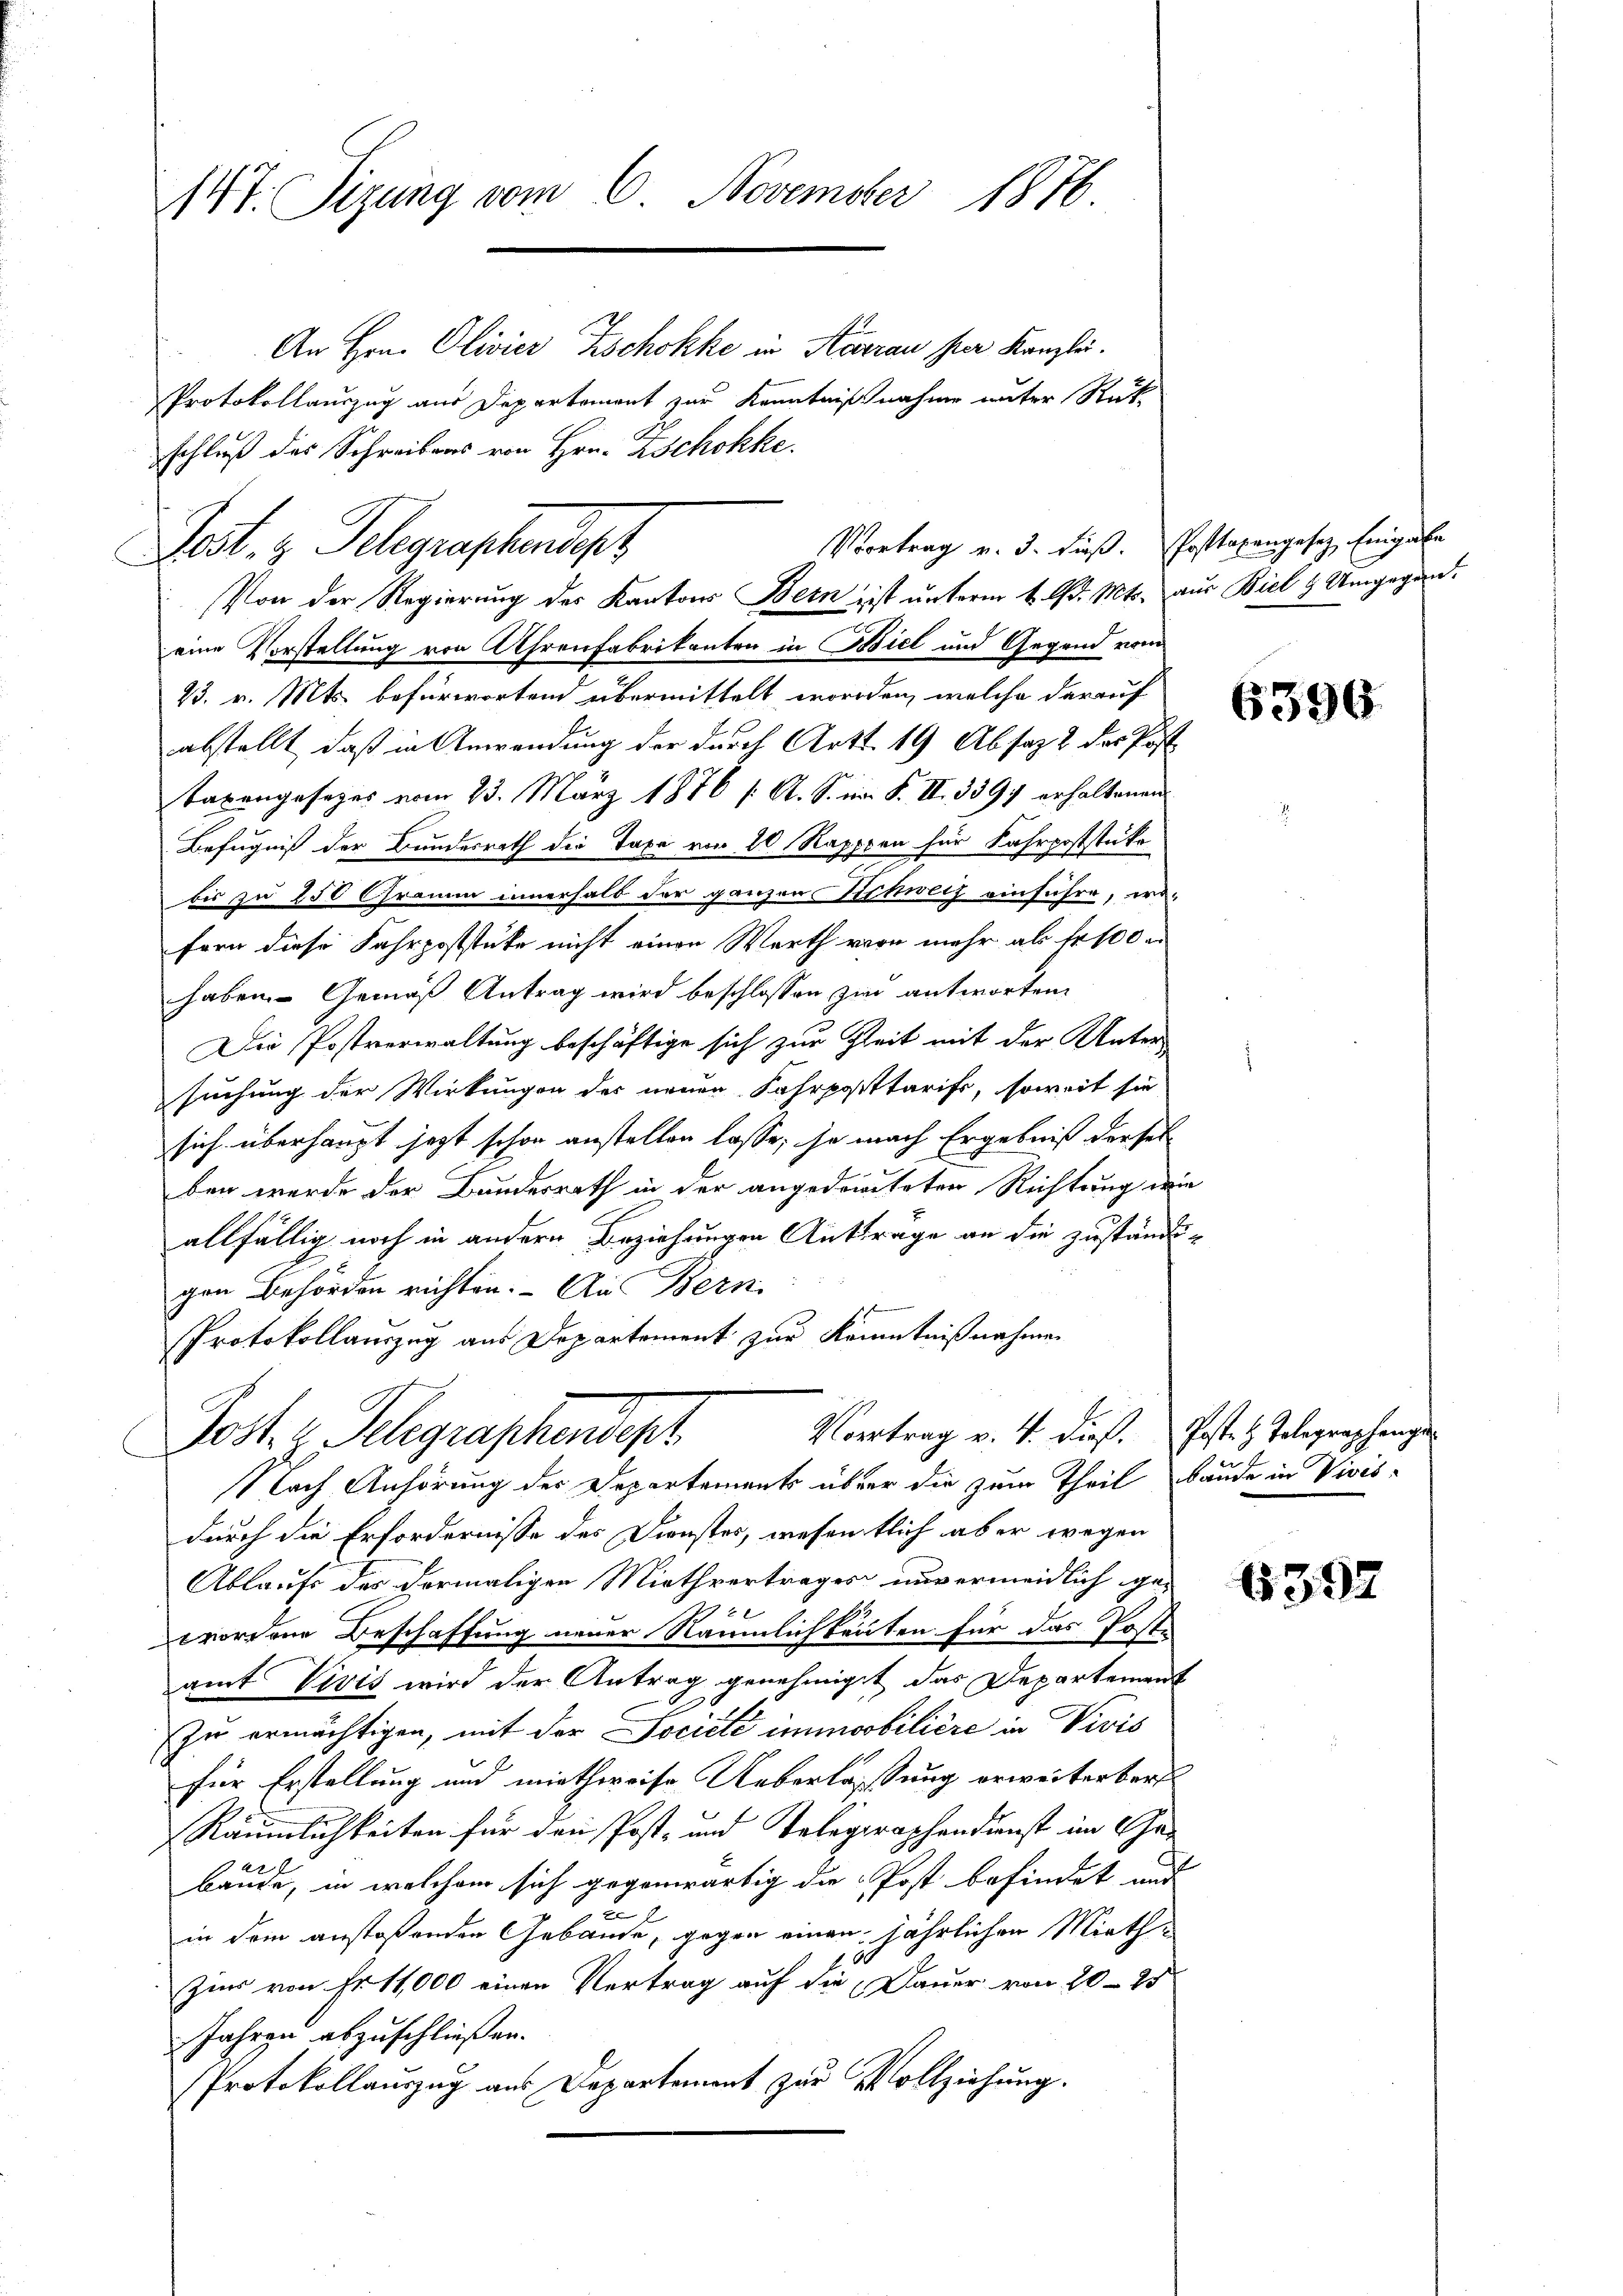
147. Sizung vom 6. November 1876

eine Vorstellung von Uhrenfabrikanten in Biel und Gegend vom
23. v. Mts. befürwortend übermittelt worden, welche darauf
abstellt, daß in Anwendung der durch Art. 19 Absatz 2 des Post
Taxengesezes vom 23. März 1876 /: A. S. im S. II. 3397 erhaltenen
Befugniß der Bundesrath die Taxe von 20 Rappen für Fahrpoststücke
bis zu 250 Gramm innerhalb der ganzen Schweiz einführe, wofern diese Fahrpoststücke nicht einen Werth von mehr ab fr 100
haben. Gemäß Antrag wird beschlossen zur antworten.
Die Postverwaltung beschäftige sich zur Zeit mit der Unter
suchung der Wirkungen des neuen Fahrposttarift, soweit sie
sich überhaupt jetzt schon anstellen lasse, je nach Ergebniß dersel
ben werde der Bundesrath in der angedeuteten Richtung wie
allfällig noch in andern Beziehungen Antrage an die zuständigen Behörden richten. - An Bern
Protokollauszug aus Departement zur Kenntnißnahmen
Vortrag v. 4. dieß. Post. H. Telegraphenge
Poste Gelegraphendept
Nach Anhörung der Departements über die zum Theil bäude in Vivis-
durch die Erfordernisse des Dienstes, wesentlich aber wegen
Ablaufs der dermaligen Miethvertrages nur ermeidlich ge-
wordene Beschaffung neuer Räumlichkeiten für das Poste
amt Vivis wird der Antrag genehmigt das Departement
zu ermächtigen, mit der Société immobilière in Vivis
für Erstellung und miethweise Ueberlassung erweiterbers
Räumlichkeiten für den Post- und Telegraphendienst im Chabäude, in welchem sich gegenwärtig die Post befindet und
e
in dem anstoßenden Gebäude, gegen einen jährlichen Mieth¬
Zir von Fr. 11,000 einen Vertrag auf die Dauer von 20–25
Jahren abzuschließen.
Protokollauszug aus Departement zur Vollziehung.

Vortrag v. 3. dieß. Posttaxangesez Eingabe
Post. z. Telegraphendep
Von der Regierung des Kantons Bern ist unterm 4. d. Mts. aus Biel & Umgegan¬

schluß des Schreibens von Hrn. Zschokke.

An Hrn. Olivier Zschokke in Konrau ser Kanzlei.
Protokollauszug aus Departement zur Kenntnißnahme unter Rük¬

6396

6392